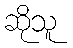
ဆိုသူ